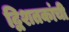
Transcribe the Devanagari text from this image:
द्विशतकांची